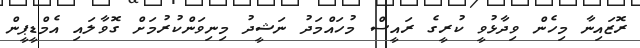
ރޮޒައިނާ މިހެން ވިދާޅުވީ ކުރީގެ ރައީސް މުހައްމަދު ނަޝީދު މިނިވަންކުރުމަށް ގޮވާލައި އެމްޑީޕީން